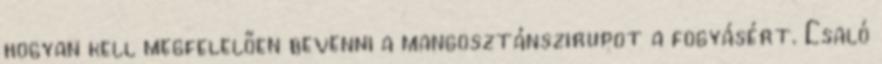
hogyan kell megfelelően bevenni a mangosztánszirupot a fogyásért. Csaló